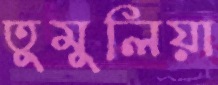
তুমুলিয়া